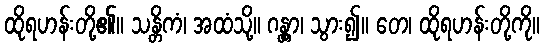
ထိုရဟန်းတို့၏။ သန္တိကံ၊ အထံသို့။ ဂန္တွာ၊ သွား၍။ တေ၊ ထိုရဟန်းတို့ကို။